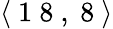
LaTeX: \langle\mathrm{~1~8~},\mathrm{~8~}\rangle